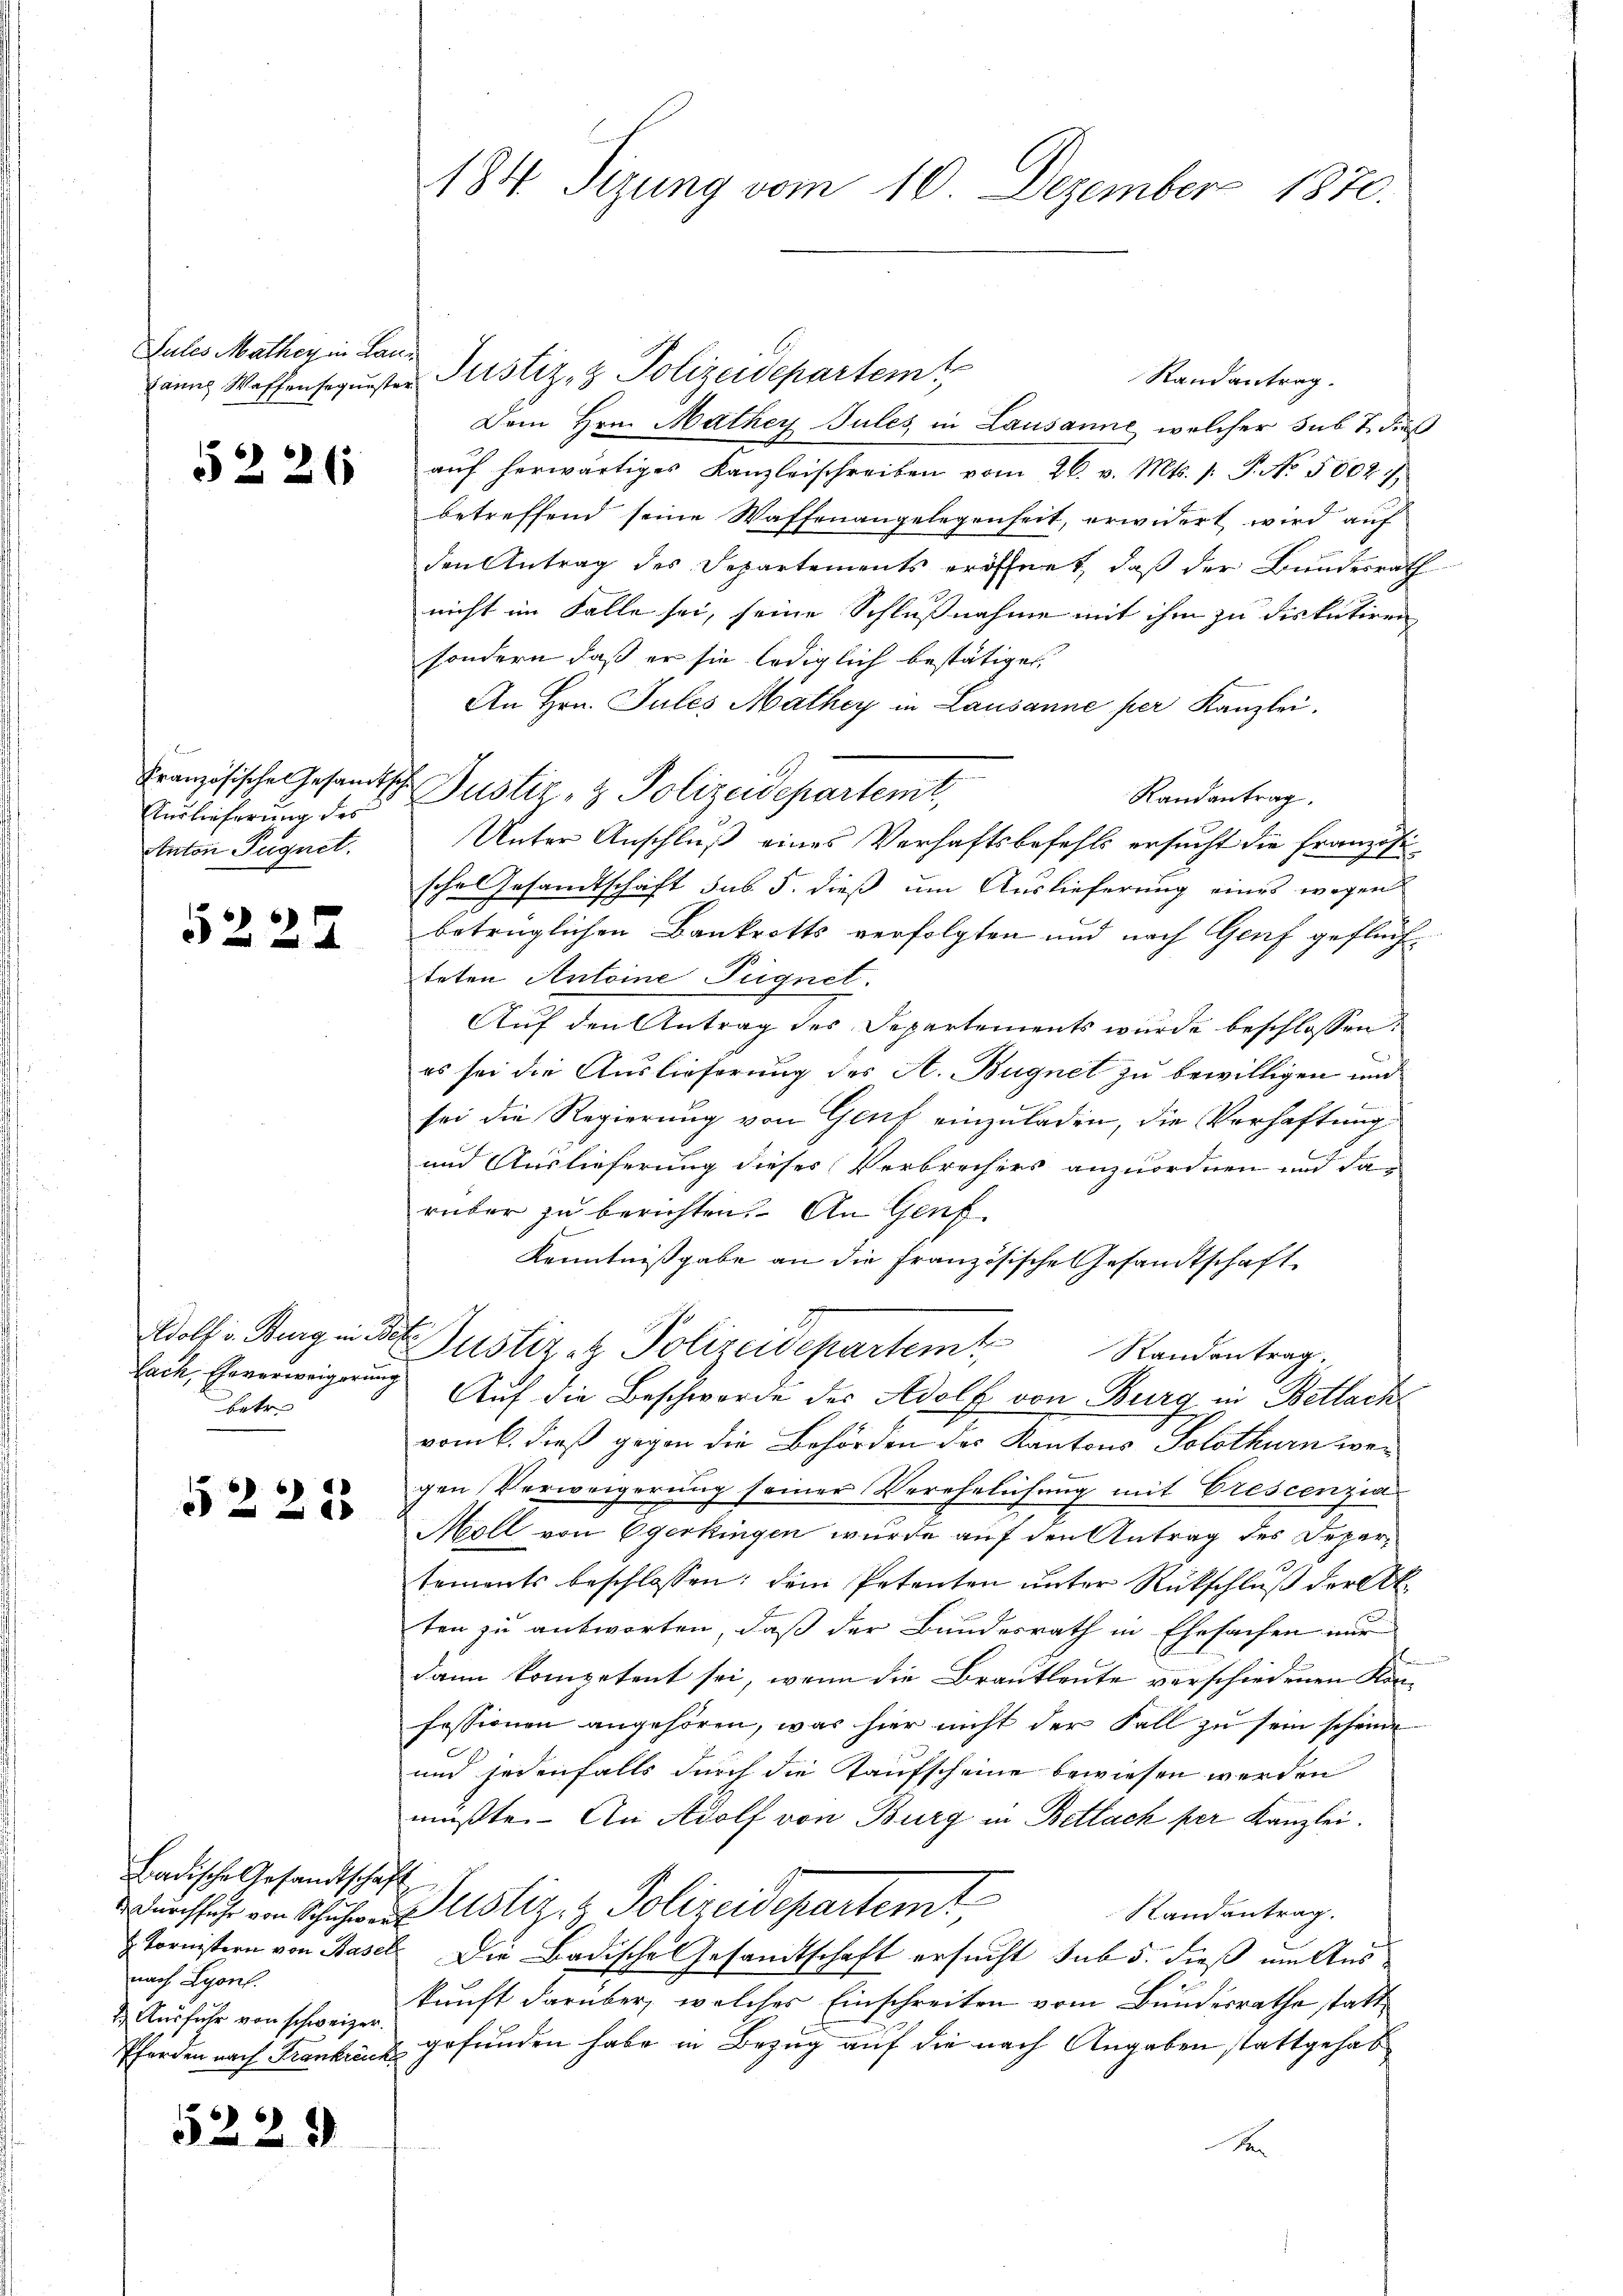
Jules Mathey in Land

5226

Französisches Gesandtsch
Auslieferung des
Anton Segnet.

5224

betre

5228

Badische Gesandtschaft
nach Lyonl.
2.) Ausfuhr von schweizer.

5229

184 Sizung vom 10. Dezember 1870.

dann Waffensequester Justiz- & Polizeidepartem
Randantrag.
Dem Hrn. Mathey Tules in Lausanne, welcher sub 7 dieß
aŭf herwärtiges Kanzleischreiben vom 26. v. Mts. s. S. No 1002.
betreffend seine Waffenangelegenheit, erwidert wird auf
den Antrag des Departements eröffnet, daß der Bundesrath
nicht im Falle sei, seine Schlußnahme mit ihm zu diskutiren
sondern daß er sie lediglich bestätiget.
An Hrn. Jules Mathey in Lausanne per Kanzlei,
Justiz- & Polizeidepartemt,
Randantrag.
Unter Anschluß eines Verhaftsbefehls ersucht die Französi
sche Gesandtschaft sub 5. dieß um Auslieferung eines wegen
betrüglichen Bankrotts verfolgten und nach Genf geflüch
teten Antoine Fugnet.
Auf den Antrag des Departements wurde beschlossen:
es sei die Auslieferung des A. Bugnet zu bewilligen und
sei die Regierung von Genf einzuladen, die Vorhaftung
und Auslieferung dieses Verbrechers anzuordnen und da
rüber zu berichten. An Genf
Kenntnißgabe an die Französische Gesandtschaft
Adolf Burg in St. Justiz et Polizeidepartem Standentrag
lach, Eheverweigerung Auf die Beschwerde des Adolf von Burg in Bettach
vom 6. dieß gegen die Behörden des Kantons Solothurn wegen Verweigerung seiner Verehelichung mit Crescenzia
Moll von Egerkingen wurde auf den Antrag des Departements beschlossen; dem Petenten unter Rückschluß der Ak
ten zu antworten, daß der Bundesrath in Ehesachen nur
dann kompetent sei, wenn die Brautleute verschiedenen Kon-
fessionen angehören, was hier nicht der Fall zu sein scheine
und jedenfalls durch die Taufscheine bewiesen werden
müßte. An Adolf von Burg in Bettach per Kanzlei.
rchsich am Schuhe austiz & Polizeidepartemt
Randantrag.
 Tornistern von Basel. Die Badische Gesandtschaft ersucht sub 5. dieß um Auskunft darüber, welches Einschreiten vom Bundesrathe statt¬
Pferden nach Frankrank gefunden habe in Bezug auf die nach Angaben stattgehab
d